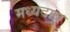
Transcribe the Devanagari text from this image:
मध्यदाब